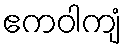
ဧကဝါကျံ